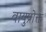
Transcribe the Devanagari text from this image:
वायुप्रोक्त